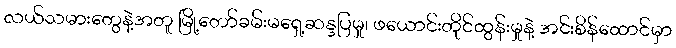
လယ်သမားတွေနဲ့အတူ မြို့တော်ခမ်းမရှေ့ဆန္ဒပြမှု၊ ဖယောင်းတိုင်ထွန်းမှုနဲ့ အင်းစိန်ထောင်မှာ